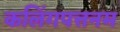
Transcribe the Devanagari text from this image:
कलिंगपत्तनम